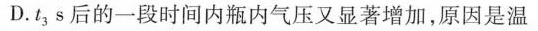
D.t_{3}s后的一段时间内瓶内气压又显著增加，原因是温度又升高了